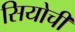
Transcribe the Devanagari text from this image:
सियोची